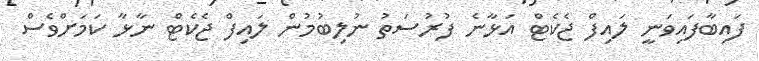
ފައިބާފައިވަނީ ލައިފް ޖެކެޓް އަޅާނެ ފުރުސަތު ނުލިބުމުން ލައިފް ޖެކެޓް ނާޅާ ކަމަށްވެސް